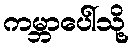
ကမ္ဘာပေါ်သို့